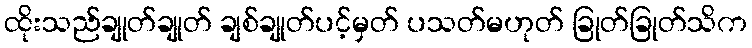
ထိုးသည်ချုတ်ချုတ် ချစ်ချုတ်ပင့်မှတ် ပသတ်မဟုတ် ခြုတ်ခြုတ်သိက